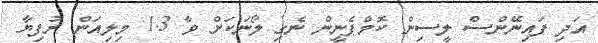
އަދި ފައިނޭންސް ލީސިން ކޮމްޕެނީން ނެގި ލޯނަކަށް ވާ 1.3 މިލިއަން ރުފިޔާ